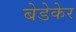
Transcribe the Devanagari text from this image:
बेडेकेर